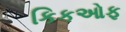
કિકઓફ